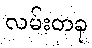
လမ်းတခု